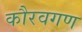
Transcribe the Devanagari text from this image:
कौरवगण